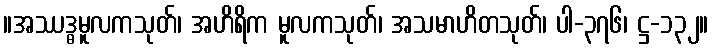
။အဿဒ္ဓမူလကသုတ်၊ အဟိရိက မူလကသုတ်၊ အသမာဟိတသုတ်၊ ပါ-၃၇၆၊ ဋ္ဌ-၁၃၂။